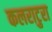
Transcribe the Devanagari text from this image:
कलराटुरा